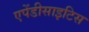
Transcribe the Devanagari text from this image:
एपेंडीसाइटिस